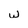
Character: w